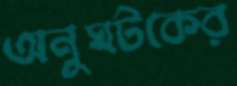
অনুঘটকের